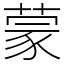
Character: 蒙